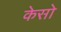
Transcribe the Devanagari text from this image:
केसो